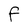
Character: F